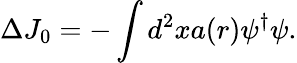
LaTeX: \Delta J_{0}=-\int d^{2}xa(r)\psi^{\dagger}\psi.